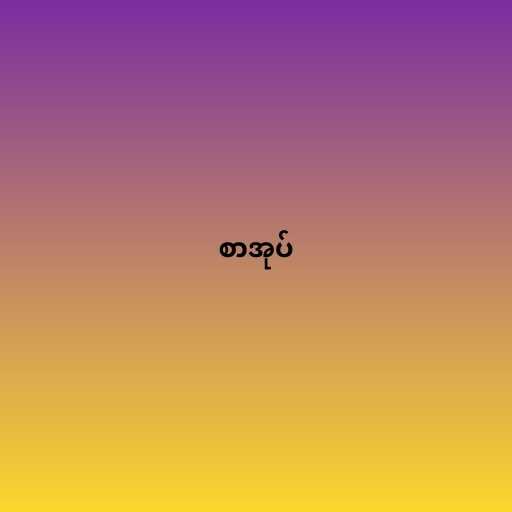
စာအုပ်